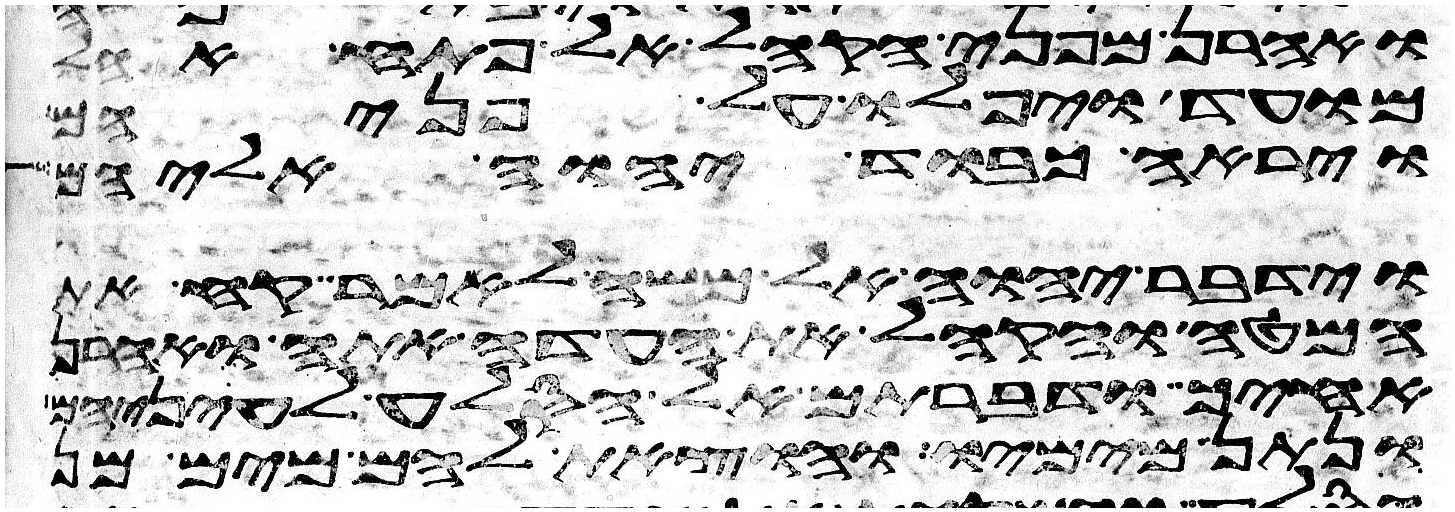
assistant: ואהרן מפני הקהל אל פתח אהל
מועד ויפלו על פניהם
וירא כבוד יהוה אליהם
וידבר יהוה אל משה לאמר קח את
המטה והקהל את העדה אתה ואהרן
אחיך ודברתם אל הסלע לעיניהם
ונתן מימיו והוצאת להם מים מן